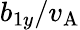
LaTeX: b_{1y}/v_{\mathrm{A}}